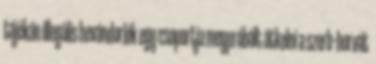
tájékán illegális bevándorlók egy csoportja megpróbált átkelni a szerb–horvát